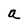
Character: a